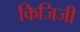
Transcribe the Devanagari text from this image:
किजिजी